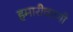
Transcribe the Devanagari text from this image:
हमारीवाणी